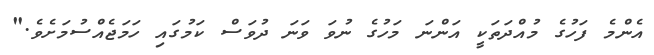
އެންމެ ފަހުގެ މުއްދަތަކީ އަންނަ މަހުގެ ނުވަ ވަނަ ދުވަސް ކަމުގައި ހަމަޖެއްސުމަށެވެ."